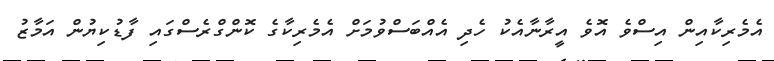
އެމެރިކާއިން އިސްވެ އޮވެ އީރާނާއެކު ހެދި އެއްބަސްވުމަށް އެމެރިކާގެ ކޮންގްރެސްގައި ފާޑުކިޔުން އަމާޒު